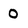
Character: O